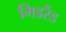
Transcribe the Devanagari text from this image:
मिडरैंड